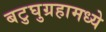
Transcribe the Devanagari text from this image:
बटुघुग्रहामध्ये